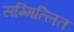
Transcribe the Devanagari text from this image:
सम्मित्लित